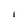
Character: 1